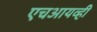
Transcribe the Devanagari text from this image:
एचआयव्ही